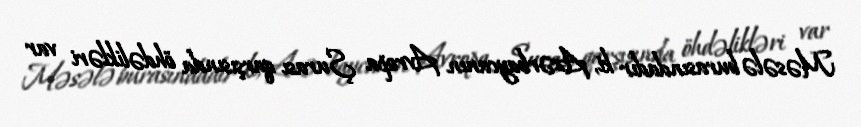
Məsələ burasındadır ki, Azərbaycanın Avropa Şurası qarşısında öhdəlikləri var